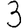
Digit: 3